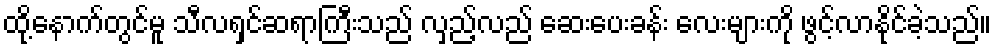
ထို့နောက်တွင်မူ သီလရှင်ဆရာကြီးသည် လှည့်လည် ဆေးပေးခန်း လေးများကို ဖွင့်လာနိုင်ခဲ့သည်။